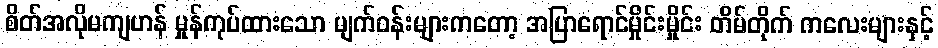
စိတ်အလိုမကျဟန် မှုန်ကုပ်ထားသော မျက်ဝန်းများကတော့ အပြာရောင်မှိုင်းမှိုင်း တိမ်တိုက် ကလေးများနှင့်